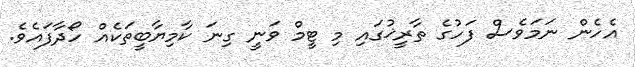
އެހެން ނަމަވެސް ފަހުގެ ތާރީޚުގައި މި ޓީމް ވަނީ ގިނަ ކާމިޔާބީތަކެއް ހޯދާފައެވެ.